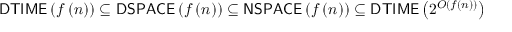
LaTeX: { \mathsf { D T I M E } } \left( f \left( n \right) \right) \subseteq { \mathsf { D S P A C E } } \left( f \left( n \right) \right) \subseteq { \mathsf { N S P A C E } } \left( f \left( n \right) \right) \subseteq { \mathsf { D T I M E } } \left( 2 ^ { O \left( f \left( n \right) \right) } \right)